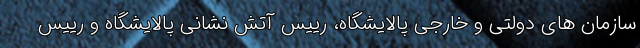
سازمان های دولتی و خارجی پالایشگاه، رییس آتش نشانی پالایشگاه و رییس